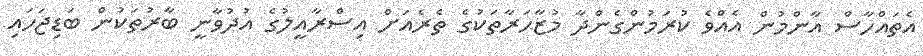
އެތައްހާސް އާންމުން އެއްވެ ކުރަމުންގެންދާ މުޒާހަރާތަކުގެ ތެރެއަށް އިސްރާއީލުގެ އުދުވާނީ ބާރުތަކުން ބަޑިޖަހައި